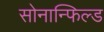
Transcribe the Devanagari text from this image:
सोनान्फिल्ड